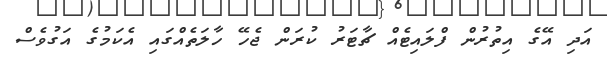
އަދި އޭގެ އިތުރުން ފްލައިޓެއް ޗާޓަރު ކުރަން ޖެހޭ ހާލަތެއްގައި އެކަމުގެ އަގުވެސް